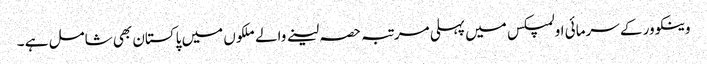
وینکوور کے سرمائی اولمپکس میں پہلی مرتبہ حصہ لینے والے ملکوں میں پاکستان بھی شامل ہے ۔